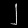
Digit: ၂